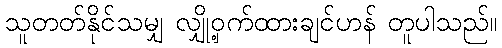
သူတတ်နိုင်သမျှ လျှို့ဝှက်ထားချင်ဟန် တူပါသည်။